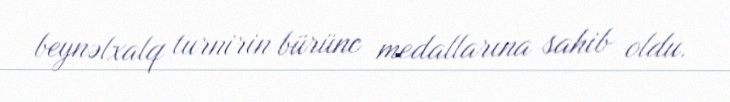
beynəlxalq turnirin bürünc medallarına sahib oldu.